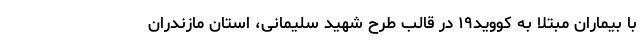
با بیماران مبتلا به کووید۱۹ در قالب طرح شهید سلیمانی، استان مازندران